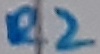
Text: R2